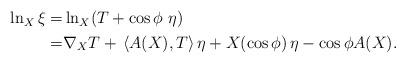
LaTeX: \begin{align*}\begin{aligned}\ln_X \xi=&\ln_X(T+\cos \phi \,\, \eta)\\=&\nabla_X T+\, \langle A(X),T\rangle\, \eta+X(\cos\phi)\,\eta-\cos\phi A(X).\end{aligned}\end{align*}